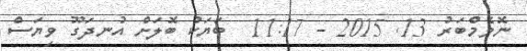
ނޮވެމްބަރު 13